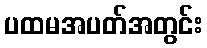
ပထမအပတ်အတွင်း